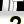
Digit: 2